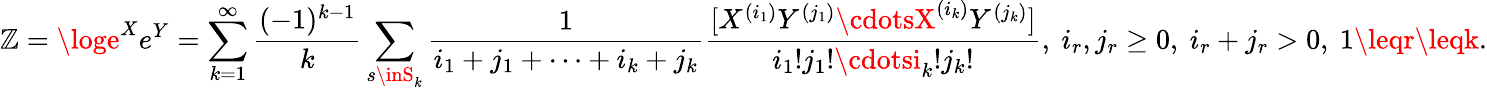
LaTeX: \mathbb{Z}=\loge^{X}e^{Y}=\sum_{k=1}^{\infty}{\frac{{(-1)^{k-1}}}{{k}}}\sum_{s\inS_{k}}{\frac{{1}}{{i_{1}+j_{1}+\cdots+i_{k}+j_{k}}}}{\frac{{[X^{(i_{1})}Y^{(j_{1})}\cdotsX^{(i_{k})}Y^{(j_{k})}]}}{{i_{1}!j_{1}!\cdotsi_{k}!j_{k}!}}},~i_{r},j_{r}\geq0,~i_{r}+j_{r}>0,~1\leqr\leqk.